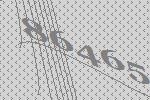
86465